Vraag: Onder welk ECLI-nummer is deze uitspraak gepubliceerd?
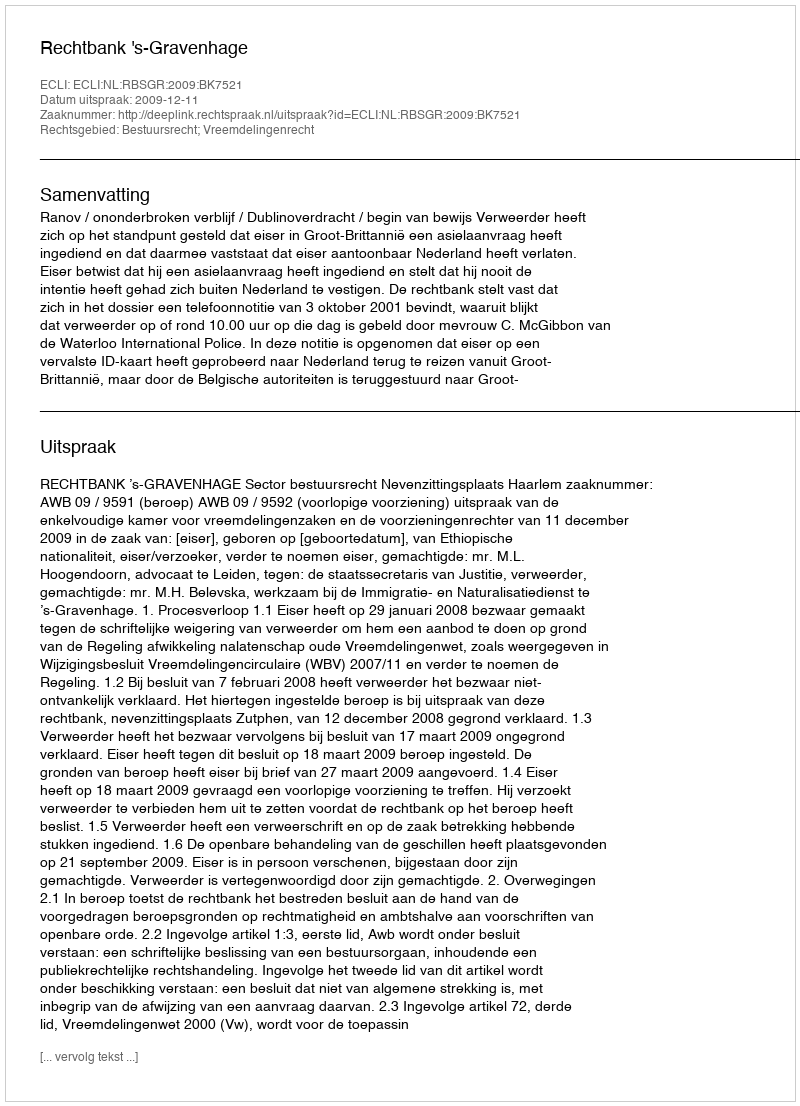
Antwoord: ECLI:NL:RBSGR:2009:BK7521